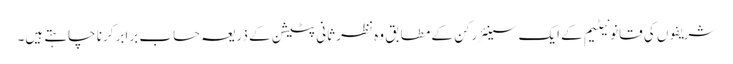
شریفوں کی قانونیٹیم کے ایک سینئر رکن کے مطابق وہ نظر ثانی پٹیشن کے ذریعہ حساب برابر کرنا چاہتے ہیں۔